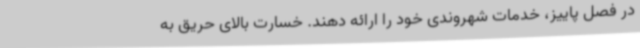
در فصل پاییز، خدمات شهروندی خود را ارائه دهند. خسارت بالای حریق به